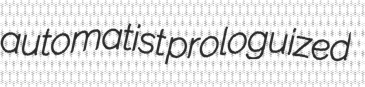
automatist prologuized